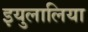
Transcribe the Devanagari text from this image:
इयुलालिया